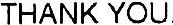
THANK YOU.